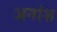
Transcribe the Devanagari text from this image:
अनांश